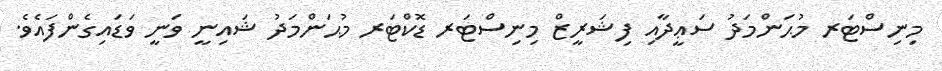
މިނިސްޓަރ މުޙަންމަދު ސަޢީދާއި ފިޝަރީޒް މިނިސްޓަރ ޑޮކްޓަރ މުޙަންމަދު ޝައިނީ ވަނީ ވަޑައިގެންފައެވެ.